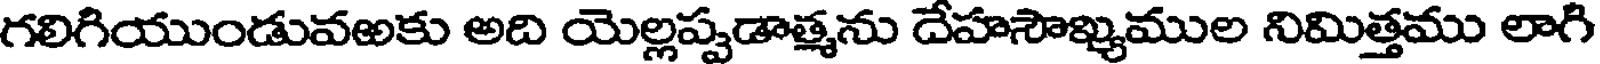
గలిగియుండువఱకు అది యెల్లప్పడాత్మను దేహసౌఖ్యముల నిమిత్తము లాగి